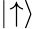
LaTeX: |\negmedspace\uparrow\rangle